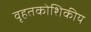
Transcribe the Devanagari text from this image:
वृहतकोशिकीय